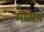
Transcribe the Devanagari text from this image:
मोसेन